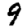
Digit: 9